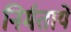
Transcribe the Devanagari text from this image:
निर्मतायें